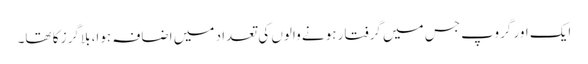
ایک اور گروپ جس میں گرفتار ہونے والوں کی تعداد میں اضافہ ہوا، بلاگرز کا تھا۔